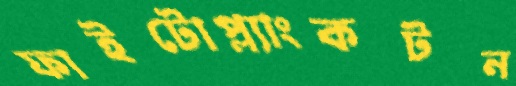
ফাইটোপ্ল্যাংকটন